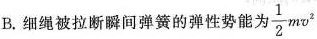
B.细绳被拉断瞬间弹簧的弹性势能为 \frac{1}{2}mv^{2}